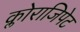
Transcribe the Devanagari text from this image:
क्लोराजिपेट